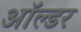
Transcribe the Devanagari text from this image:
ऑल्‍डर